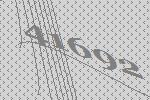
41692